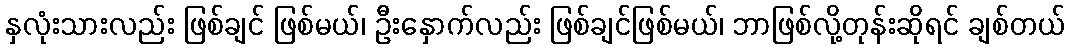
နှလုံးသားလည်း ဖြစ်ချင် ဖြစ်မယ်၊ ဦးနှောက်လည်း ဖြစ်ချင်ဖြစ်မယ်၊ ဘာဖြစ်လို့တုန်းဆိုရင် ချစ်တယ်